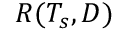
R ( T _ { s } , D )